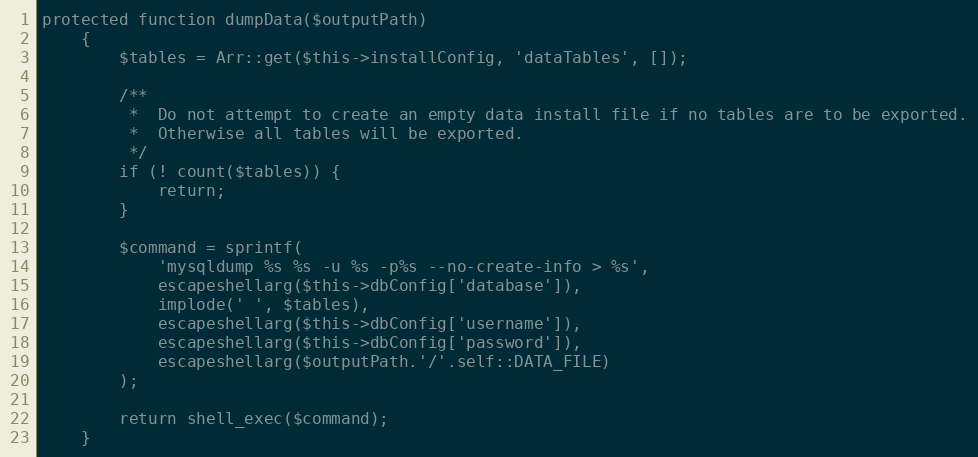
Language: PHP
protected function dumpData($outputPath)
    {
        $tables = Arr::get($this->installConfig, 'dataTables', []);

        /**
         *  Do not attempt to create an empty data install file if no tables are to be exported.
         *  Otherwise all tables will be exported.
         */
        if (! count($tables)) {
            return;
        }

        $command = sprintf(
            'mysqldump %s %s -u %s -p%s --no-create-info > %s',
            escapeshellarg($this->dbConfig['database']),
            implode(' ', $tables),
            escapeshellarg($this->dbConfig['username']),
            escapeshellarg($this->dbConfig['password']),
            escapeshellarg($outputPath.'/'.self::DATA_FILE)
        );

        return shell_exec($command);
    }